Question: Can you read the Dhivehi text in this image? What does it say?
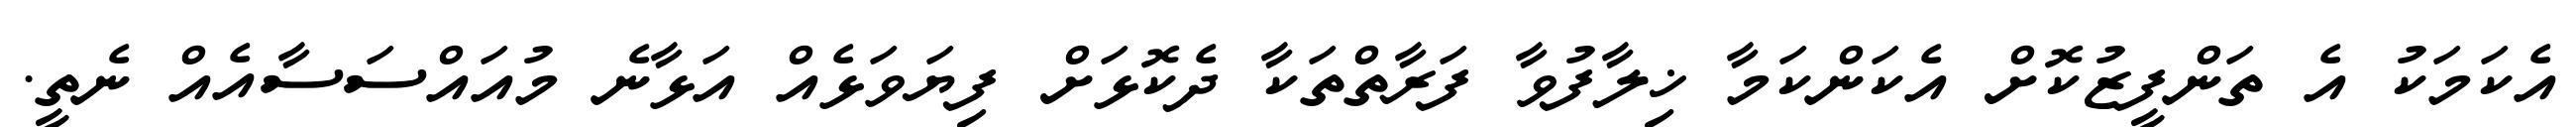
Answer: އެކަމަކު އެ ތަންފީޒުކޮށް އެކަންކަމާ ޚިލާފުވާ ފަރާތްތަކާ ދެކޮޅަށް ފިޔަވަޅެއް އަޅާނެ މުއައްސަސާއެއް ނެތީ.